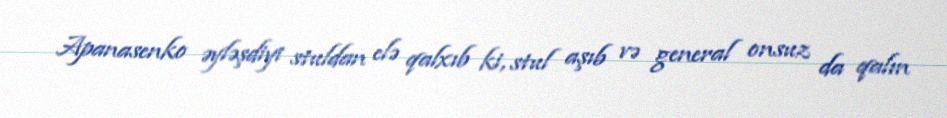
Apanasenko əyləşdiyi stuldan elə qalxıb ki, stul aşıb və general onsuz da qalın